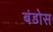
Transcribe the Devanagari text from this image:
बंडोस